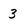
Character: 3